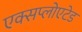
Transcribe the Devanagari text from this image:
एक्सप्लोएटेड